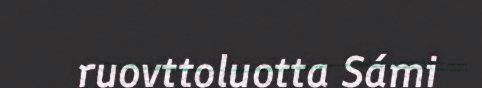
ruovttoluotta Sámi